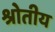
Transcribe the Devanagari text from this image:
श्रोतीय